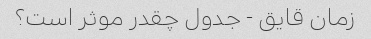
زمان قایق - جدول چقدر موثر است؟